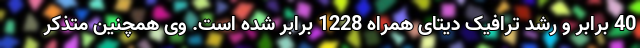
40 برابر و رشد ترافیک دیتای همراه 1228 برابر شده است. وی همچنین متذکر